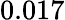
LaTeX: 0.017